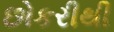
છોકરીથી